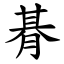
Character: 朞